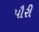
પૌરી